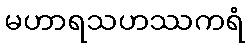
မဟာရသဟဿကရံ